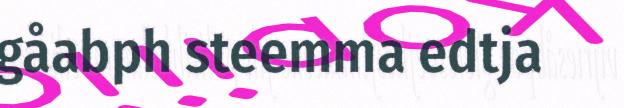
gåabph steemma edtja